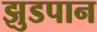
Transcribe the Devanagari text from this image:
झुडपान